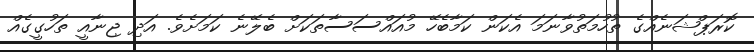
ކޮރަޕްޝަނެއްގެ ތުހުމަތުވާނަމަ އެކަން ކަމާބެހޭ މުއައްސަސާތަކަށް ބެލޭނެ ކަމަށެވެ. އަދި ޖިނާއީ ތަހުގީގެއް